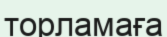
торламаға